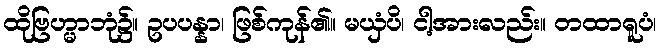
ထိုဗြဟ္မာဘုံ၌။ ဥပပန္နာ၊ ဖြစ်ကုန်၏။ မယှံပိ၊ ငါ့အားလည်း။ တထာရူပံ၊